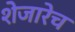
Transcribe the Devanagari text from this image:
शेजारेच